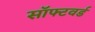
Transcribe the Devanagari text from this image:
सॉफ्टवर्ड